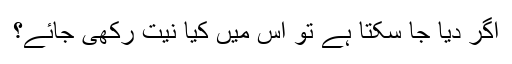
اگر دیا جا سکتا ہے تو اس میں کیا نیت رکھی جائے؟